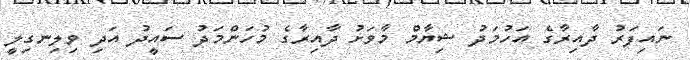
ނައިފަރު ދާއިރާގެ އަހުމަދު ޝިޔާމް މާވަށު ދާއިރާގެ މުހަންމަދު ސައީދު އަދި ވިލިނގިލީ